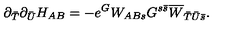
\partial _ { \bar { T } } \partial _ { \bar { U } } H _ { A B } = - e ^ { G } W _ { A B s } G ^ { s { \bar { s } } } \overline { { W } } _ { { \bar { T } } { \bar { U } } { \bar { s } } } .